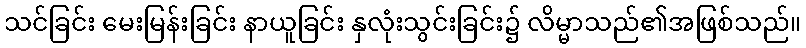
သင်ခြင်း မေးမြန်းခြင်း နာယူခြင်း နှလုံးသွင်းခြင်း၌ လိမ္မာသည်၏အဖြစ်သည်။